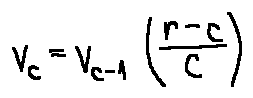
v _ { c } = v _ { c - 1 } ( \frac { r - c } { c } )